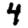
Digit: 4